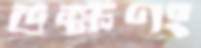
ভক্ষণং